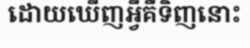
ដោយឃើញអ្វីគឺទិញនោះ